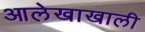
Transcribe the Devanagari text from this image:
आलेखाखाली